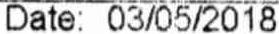
DATE: 03/05/2018